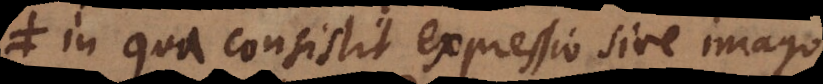
in qua consistit expressio sive imago